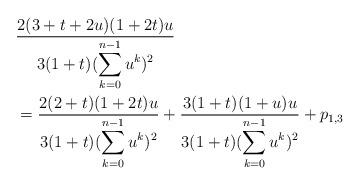
LaTeX: \begin{align*}& \frac{2(3+t+2u)(1+2t)u}{3(1+t)(\displaystyle\sum_{k=0}^{n-1} u^k)^2} \\& = \frac{2(2+t)(1+2t)u}{3(1+t)(\displaystyle\sum_{k=0}^{n-1} u^k)^2}+\frac{3(1+t)(1+u)u}{3(1+t)(\displaystyle\sum_{k=0}^{n-1} u^k)^2}+p_{1,3}\end{align*}